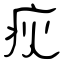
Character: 疢